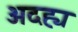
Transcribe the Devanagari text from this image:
अदह्य